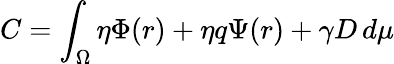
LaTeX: C=\int_{\Omega}\eta\Phi(r)+\eta q\Psi(r)+\gamma D\, d\mu